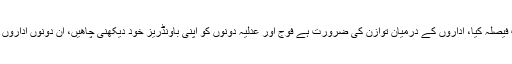
سیاسی جماعتوں نے درست فیصلہ کیا، اداروں کے درمیان توازن کی ضرورت ہے فوج اور عدلیہ دونوں کو اپنی باونڈریز خود دیکھنی چاھیں، ان دونوں اداروں کا متنازعہ ہونا تباہ کن ہے۔